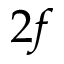
2 f